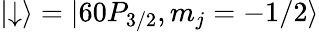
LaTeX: \left|\downarrow\right\rangle=|60P_{3/2},m_{j}=-1/2\rangle